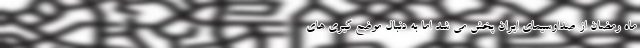
ماه رمضان از صداوسیمای ایران پخش می شد اما به دنبال موضع گیری های